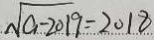
\sqrt { a - 2 0 1 9 } = 2 0 1 8